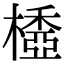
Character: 𣛽